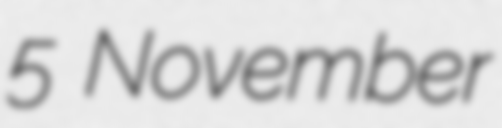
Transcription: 5 November